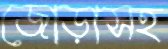
জোড়াসহ